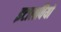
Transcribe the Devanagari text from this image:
इटालवियों